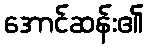
အောင်ဆန်း၏